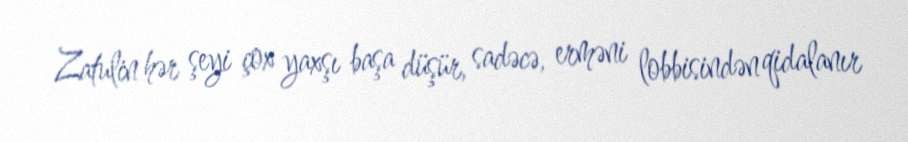
Zatulin hər şeyi çox yaxşı başa düşür, sadəcə, erməni lobbisindən qidalanır